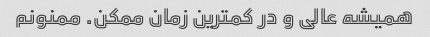
همیشه عالی و در کمترین زمان ممکن. ممنونم